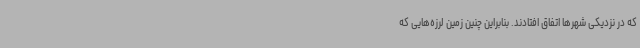
که در نزدیکی شهرها اتفاق افتادند. بنابراین چنین زمین لرزه‌هایی که